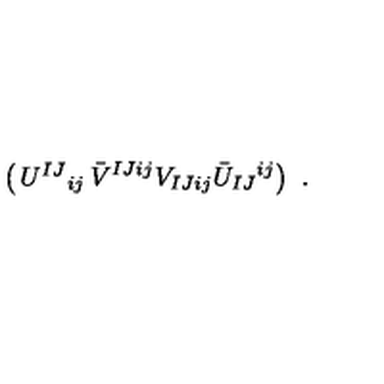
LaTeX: \left( \begin{matrix} { U ^ { I J } { } _ { i j } } & { \bar { V } ^ { I J i j } } \\ { V _ { I J i j } } & { \bar { U } _ { I J } { } ^ { i j } } \\ \end{matrix} \right) \ .